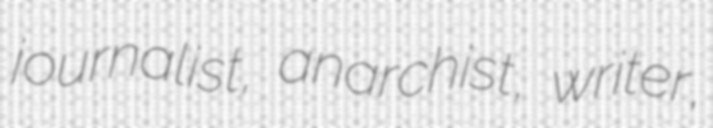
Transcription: journalist, anarchist, writer,